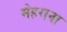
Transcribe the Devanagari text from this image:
मेहराना